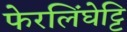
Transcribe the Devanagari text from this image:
फेरलिंघेट्टि